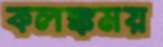
কলঙ্কময়